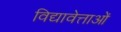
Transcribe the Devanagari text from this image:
विद्यावेत्ताओं